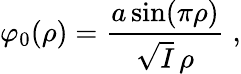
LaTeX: \varphi_{0}(\rho)=\frac{a\sin(\pi\rho)}{\sqrt{I}\, \rho}\; ,